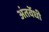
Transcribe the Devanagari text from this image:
अंतर्वेधी